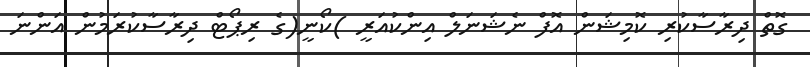
ގޮތް ދިރާސާކުރި ކޮމިޝަން އޮފް ނެޝަނަލް އިންކުއަރީ )ކޯނީ(ގެ ރިޕޯޓް ދިރާސާކުރަމުން އަންނަ